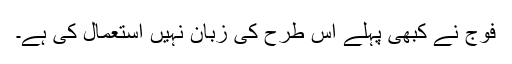
فوج نے کبھی پہلے اس طرح کی زبان نہیں استعمال کی ہے۔